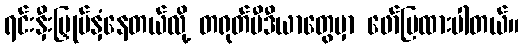
ရင်းနှီးမြှုပ်နှံနေတယ်လို့ တရုတ်မီဒီယာတွေမှာ ဖော်ပြထားပါတယ်။